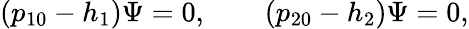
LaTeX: (p_{10}-h_{1})\Psi=0,\qquad(p_{20}-h_{2})\Psi=0,